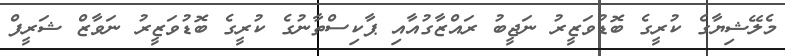
މެލޭޝިޔާގެ ކުރީގެ ބޮޑުވަޒީރު ނަޖީބު ރައްޒާގުއާއި ޕާކިސްތާނުގެ ކުރީގެ ބޮޑުވަޒީރު ނަވާޒް ޝަރީފް